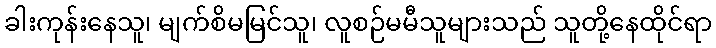
ခါးကုန်းနေသူ၊ မျက်စိမမြင်သူ၊ လူစဉ်မမီသူများသည် သူတို့နေထိုင်ရာ